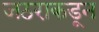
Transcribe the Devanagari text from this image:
जठराकडून